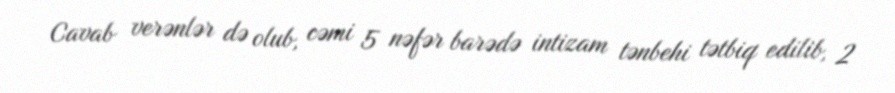
Cavab verənlər də olub, cəmi 5 nəfər barədə intizam tənbehi tətbiq edilib, 2